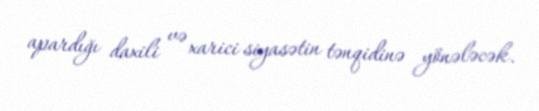
apardığı daxili və xarici siyasətin tənqidinə yönələcək.